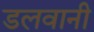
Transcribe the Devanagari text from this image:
डलवानी